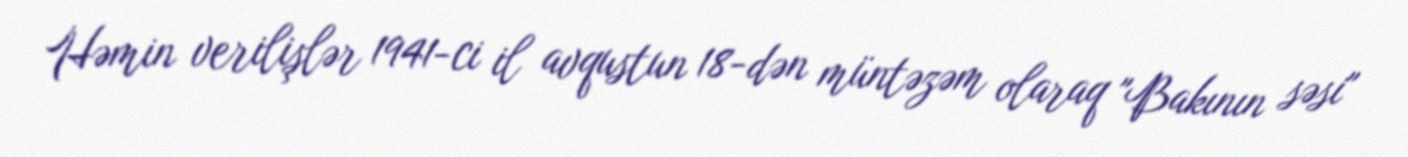
Həmin verilişlər 1941-ci il avqustun 18-dən müntəzəm olaraq "Bakının səsi"